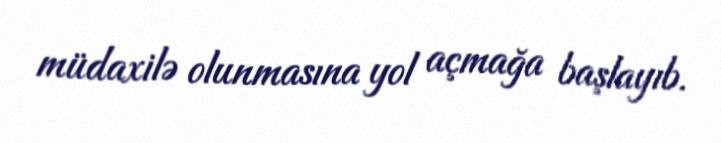
müdaxilə olunmasına yol açmağa başlayıb.